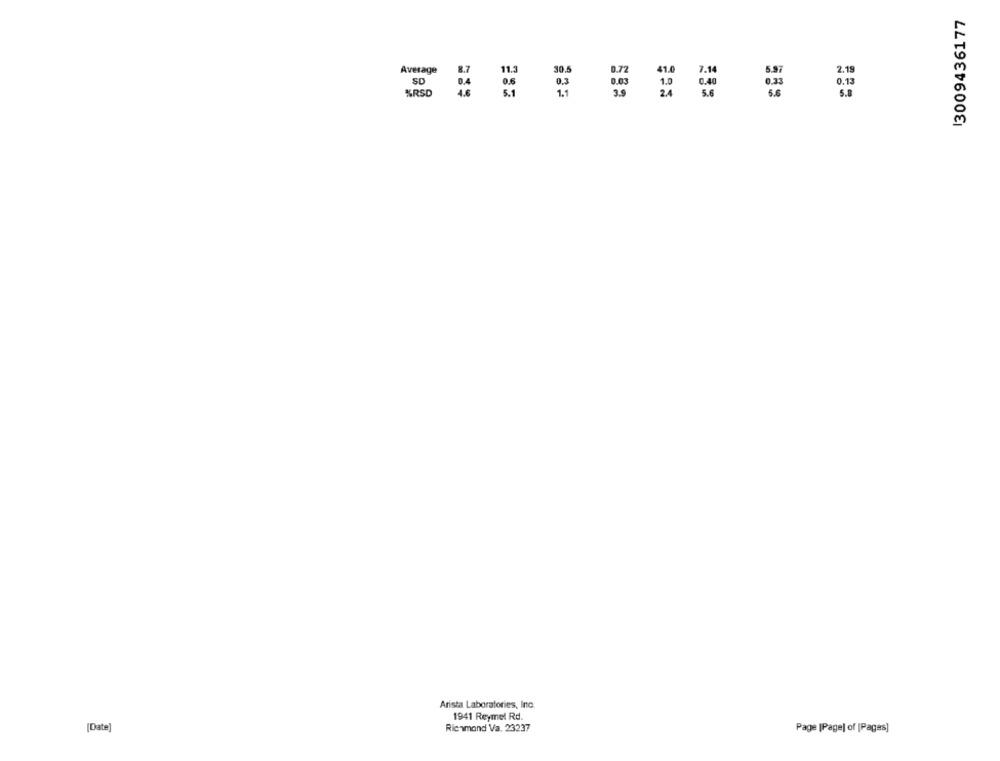
13009436177
Average
30.5
0.72
41.0
7.14
5.97
2.19
SD
0.40
8 3
0.13
%RSD
5.6
5.8
Arista Laboratories, Inc.
1941 Reymel Rd.
[Date]
Richmond Va. 23237
Page [Page] of [Pages]